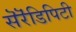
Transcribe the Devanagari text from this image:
सॆरॆंडिपिटी